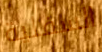
السفلية